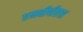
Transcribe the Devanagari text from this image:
एमबीपीएश